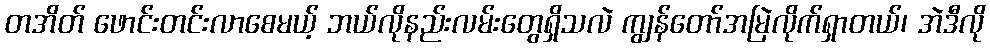
တအိတ် ဖောင်းတင်းလာစေမယ့် ဘယ်လိုနည်းလမ်းတွေရှိသလဲ ကျွန်တော်အမြဲလိုက်ရှာတယ်၊ အဲဒီလို